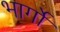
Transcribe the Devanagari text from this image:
भार्गों